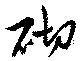
砌